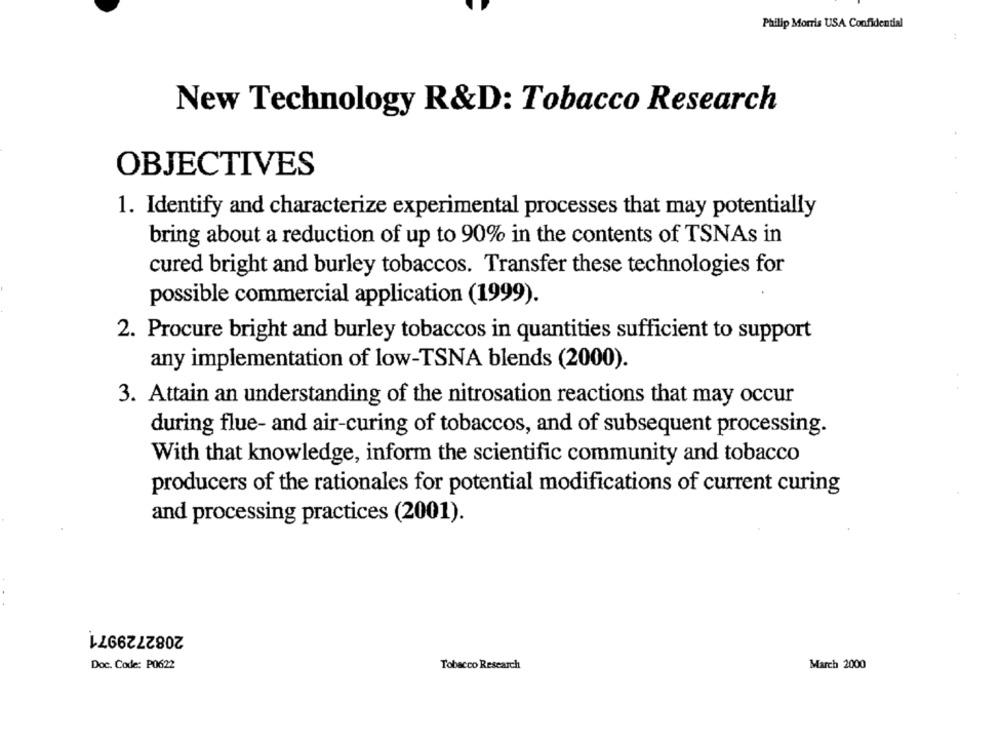
Philip Morris USA Confidential
New Technology R&D: Tobacco Research
OBJECTIVES
1. Identify and characterize experimental processes that may potentially
bring about a reduction of up to 90% in the contents of TSNAs in
cured bright and burley tobaccos. Transfer these technologies for
possible commercial application (1999).
2. Procure bright and burley tobaccos in quantities sufficient to support
any implementation of low-TSNA blends (2000).
3. Attain an understanding of the nitrosation reactions that may occur
during flue- and air-curing of tobaccos, and of subsequent processing.
With that knowledge, inform the scientific community and tobacco
producers of the rationales for potential modifications of current curing
and processing practices (2001).
2082729971
Doc. Code: P0622
Tobacco Research
March 2000